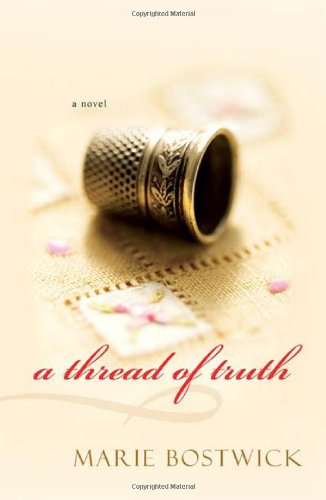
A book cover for A Thread of Truth (Cobbled Court Quilts); Marie Bostwick; Literature & Fiction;